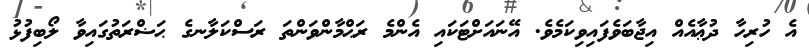
އެ ހުރިހާ ދުޢާއެއް އިޖާބަވެފައިވިކަމެވެ. އޭނައަށްޓަކައި އެންމެ ރަޙްމާންވަންތަ ރަސްކަލާނގެ ޙަޟްރަތުގައިވާ ލޯބިފުޅު